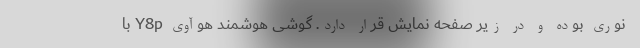
نوری بوده و در زیر صفحه نمایش قرار دارد. گوشی هوشمند هوآوی Y8p با